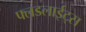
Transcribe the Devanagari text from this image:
फ्लडलाईट्स